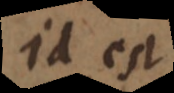
Id est